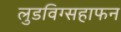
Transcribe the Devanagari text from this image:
लुडविग्सहाफन